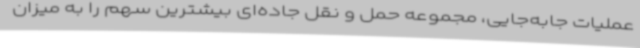
عملیات جابه‌جایی، مجموعه حمل و نقل جاده‌ای بیشترین سهم را به میزان